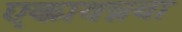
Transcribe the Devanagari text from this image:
एकावन्नवा